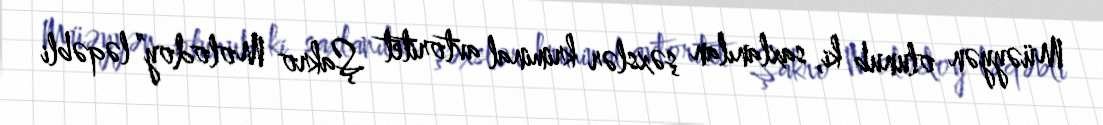
Müəyyən olunub ki, saxlanılan şəxslər kriminal avtoritet Şakro Molodoy” ləqəbli